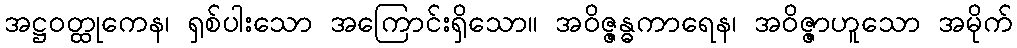
အဋ္ဌဝတ္ထုကေန၊ ရှစ်ပါးသော အကြောင်းရှိသော။ အဝိဇ္ဇန္ဓကာရေန၊ အဝိဇ္ဇာဟူသော အမိုက်